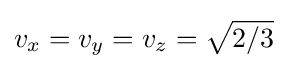
v_{x}=v_{y}=v_{z}={\sqrt {2/3}}